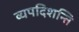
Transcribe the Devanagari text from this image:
व्यपदिशन्ति